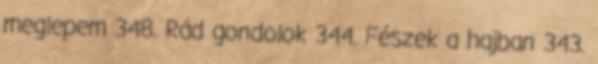
meglepem 348. Rád gondolok 344. Fészek a hajban 343.